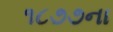
૧૮૭૭ના